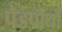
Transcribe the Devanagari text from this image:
पेडपौधों